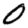
Digit: 0